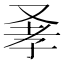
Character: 𠭂